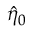
\hat { \eta } _ { 0 }